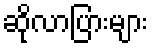
ဆိုလာပြားများ